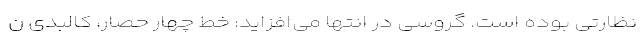
نظارتی بوده است. گروسی در انتها می‌افزاید: خط چهار حصار، کالبدی ن